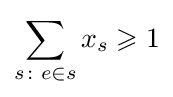
\sum _{s\colon e\in s}x_{s}\geqslant 1